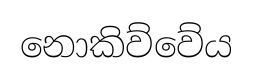
නොකිව්වේය